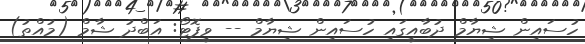
ހުސައިން ޝިޔާމް ދުބާއީގައި ހުސައިން ޝިޔާމް -- ވީފޮޓޯ: އަބްދު ޝާމް (މުއްތު)